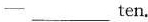
一 ___ ten.